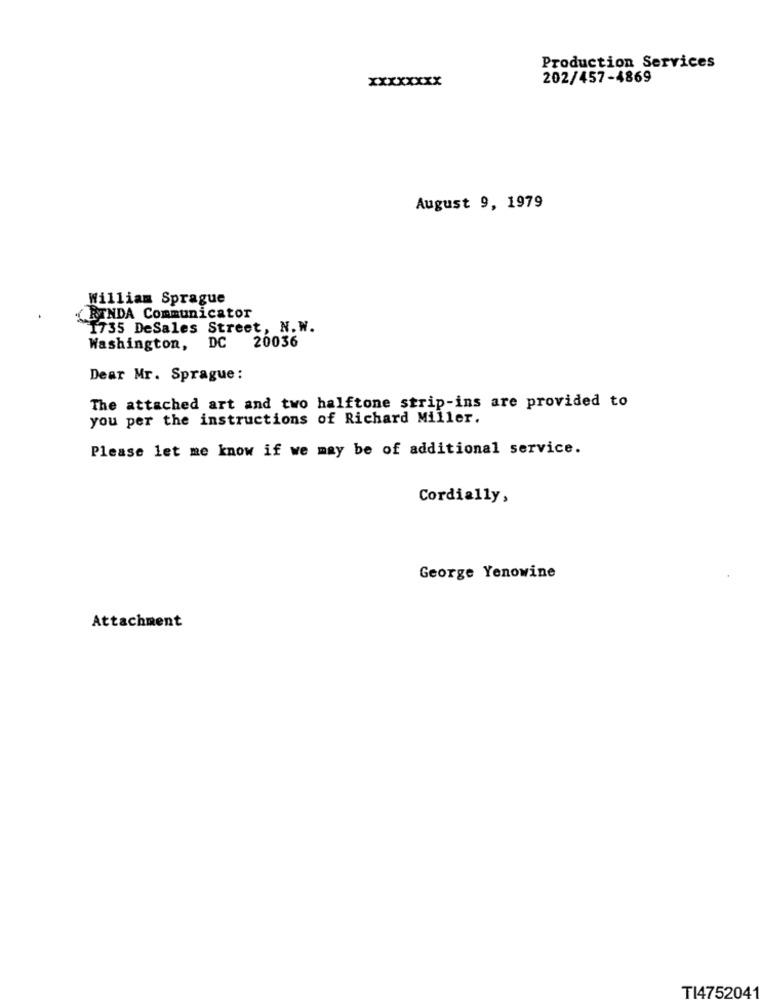
Production Services
xxxxxxxx
202/457-4869
August 9, 1979
William Sprague
RINDA Communicator
1735 DeSales Street, N. W.
20036
Washington, DC
Dear Mr. Sprague :
The attached art and two halftone strip-ins are provided to
you per the instructions of Richard Miller.
Please let me know if we may be of additional service.
Cordially,
George Yenowine
Attachment
TI4752041